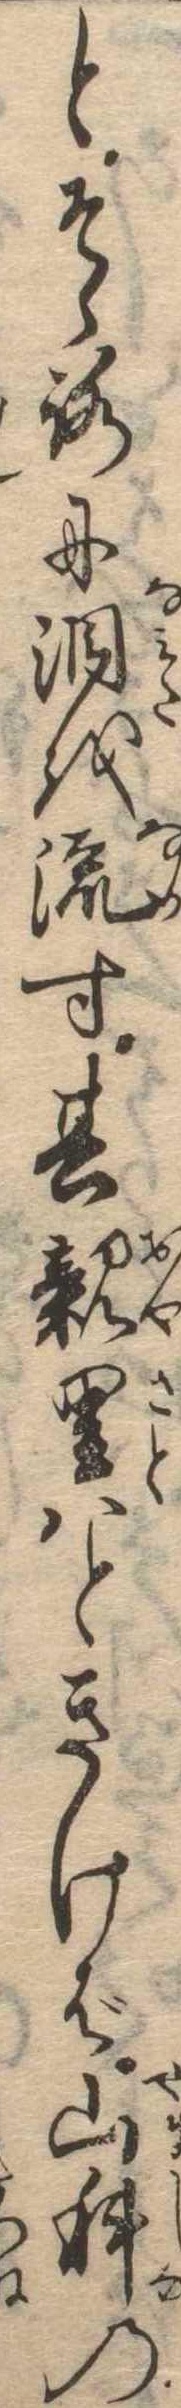
とそゝろに涙を流す其親里はときけば山科の